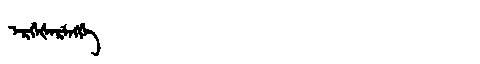
Manchu: ᡝᡵᡤᡝᡧᡝᡵᡝᠩᡤᡝ
Romanization: ERGEŠERENGGE